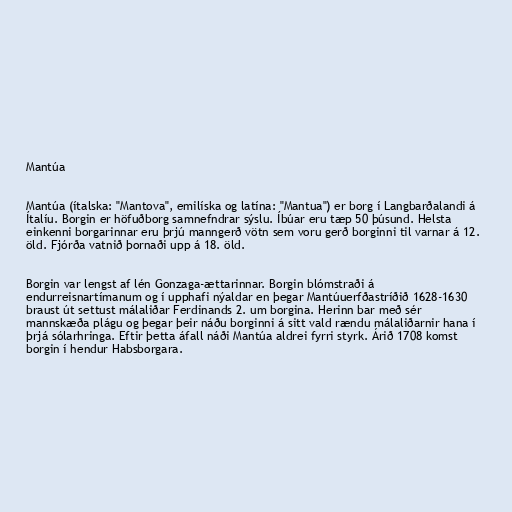
Mantúa

Mantúa (ítalska: "Mantova", emilíska og latína: "Mantua") er borg í Langbarðalandi á
Ítalíu. Borgin er höfuðborg samnefndrar sýslu. Íbúar eru tæp 50 þúsund. Helsta
einkenni borgarinnar eru þrjú manngerð vötn sem voru gerð borginni til varnar á 12.
öld. Fjórða vatnið þornaði upp á 18. öld.

Borgin var lengst af lén Gonzaga-ættarinnar. Borgin blómstraði á
endurreisnartímanum og í upphafi nýaldar en þegar Mantúuerfðastríðið 1628-1630
braust út settust málaliðar Ferdinands 2. um borgina. Herinn bar með sér
mannskæða plágu og þegar þeir náðu borginni á sitt vald rændu málaliðarnir hana í
þrjá sólarhringa. Eftir þetta áfall náði Mantúa aldrei fyrri styrk. Árið 1708 komst
borgin í hendur Habsborgara.